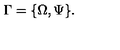
\Gamma = \{ \Omega , \Psi \} .